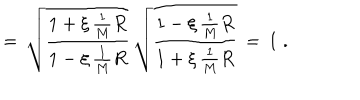
LaTeX: = \, \sqrt { \frac { 1 + \xi \, \frac { 1 } { M } R } { 1 - \xi \, \frac { 1 } { M } R } } \, \sqrt { \frac { 1 - \xi \, \frac { 1 } { M } R } { 1 + \xi \, \frac { 1 } { M } R } } \, = \, 1 \; .